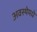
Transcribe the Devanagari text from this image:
अवस्थेमधे